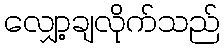
လျှော့ချလိုက်သည်